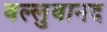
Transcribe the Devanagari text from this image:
वल्लुवानद